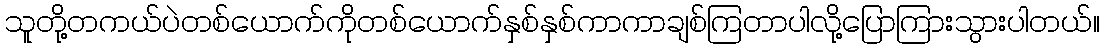
သူတို့တကယ်ပဲတစ်ယောက်ကိုတစ်ယောက်နှစ်နှစ်ကာကာချစ်ကြတာပါလို့ပြောကြားသွားပါတယ်။